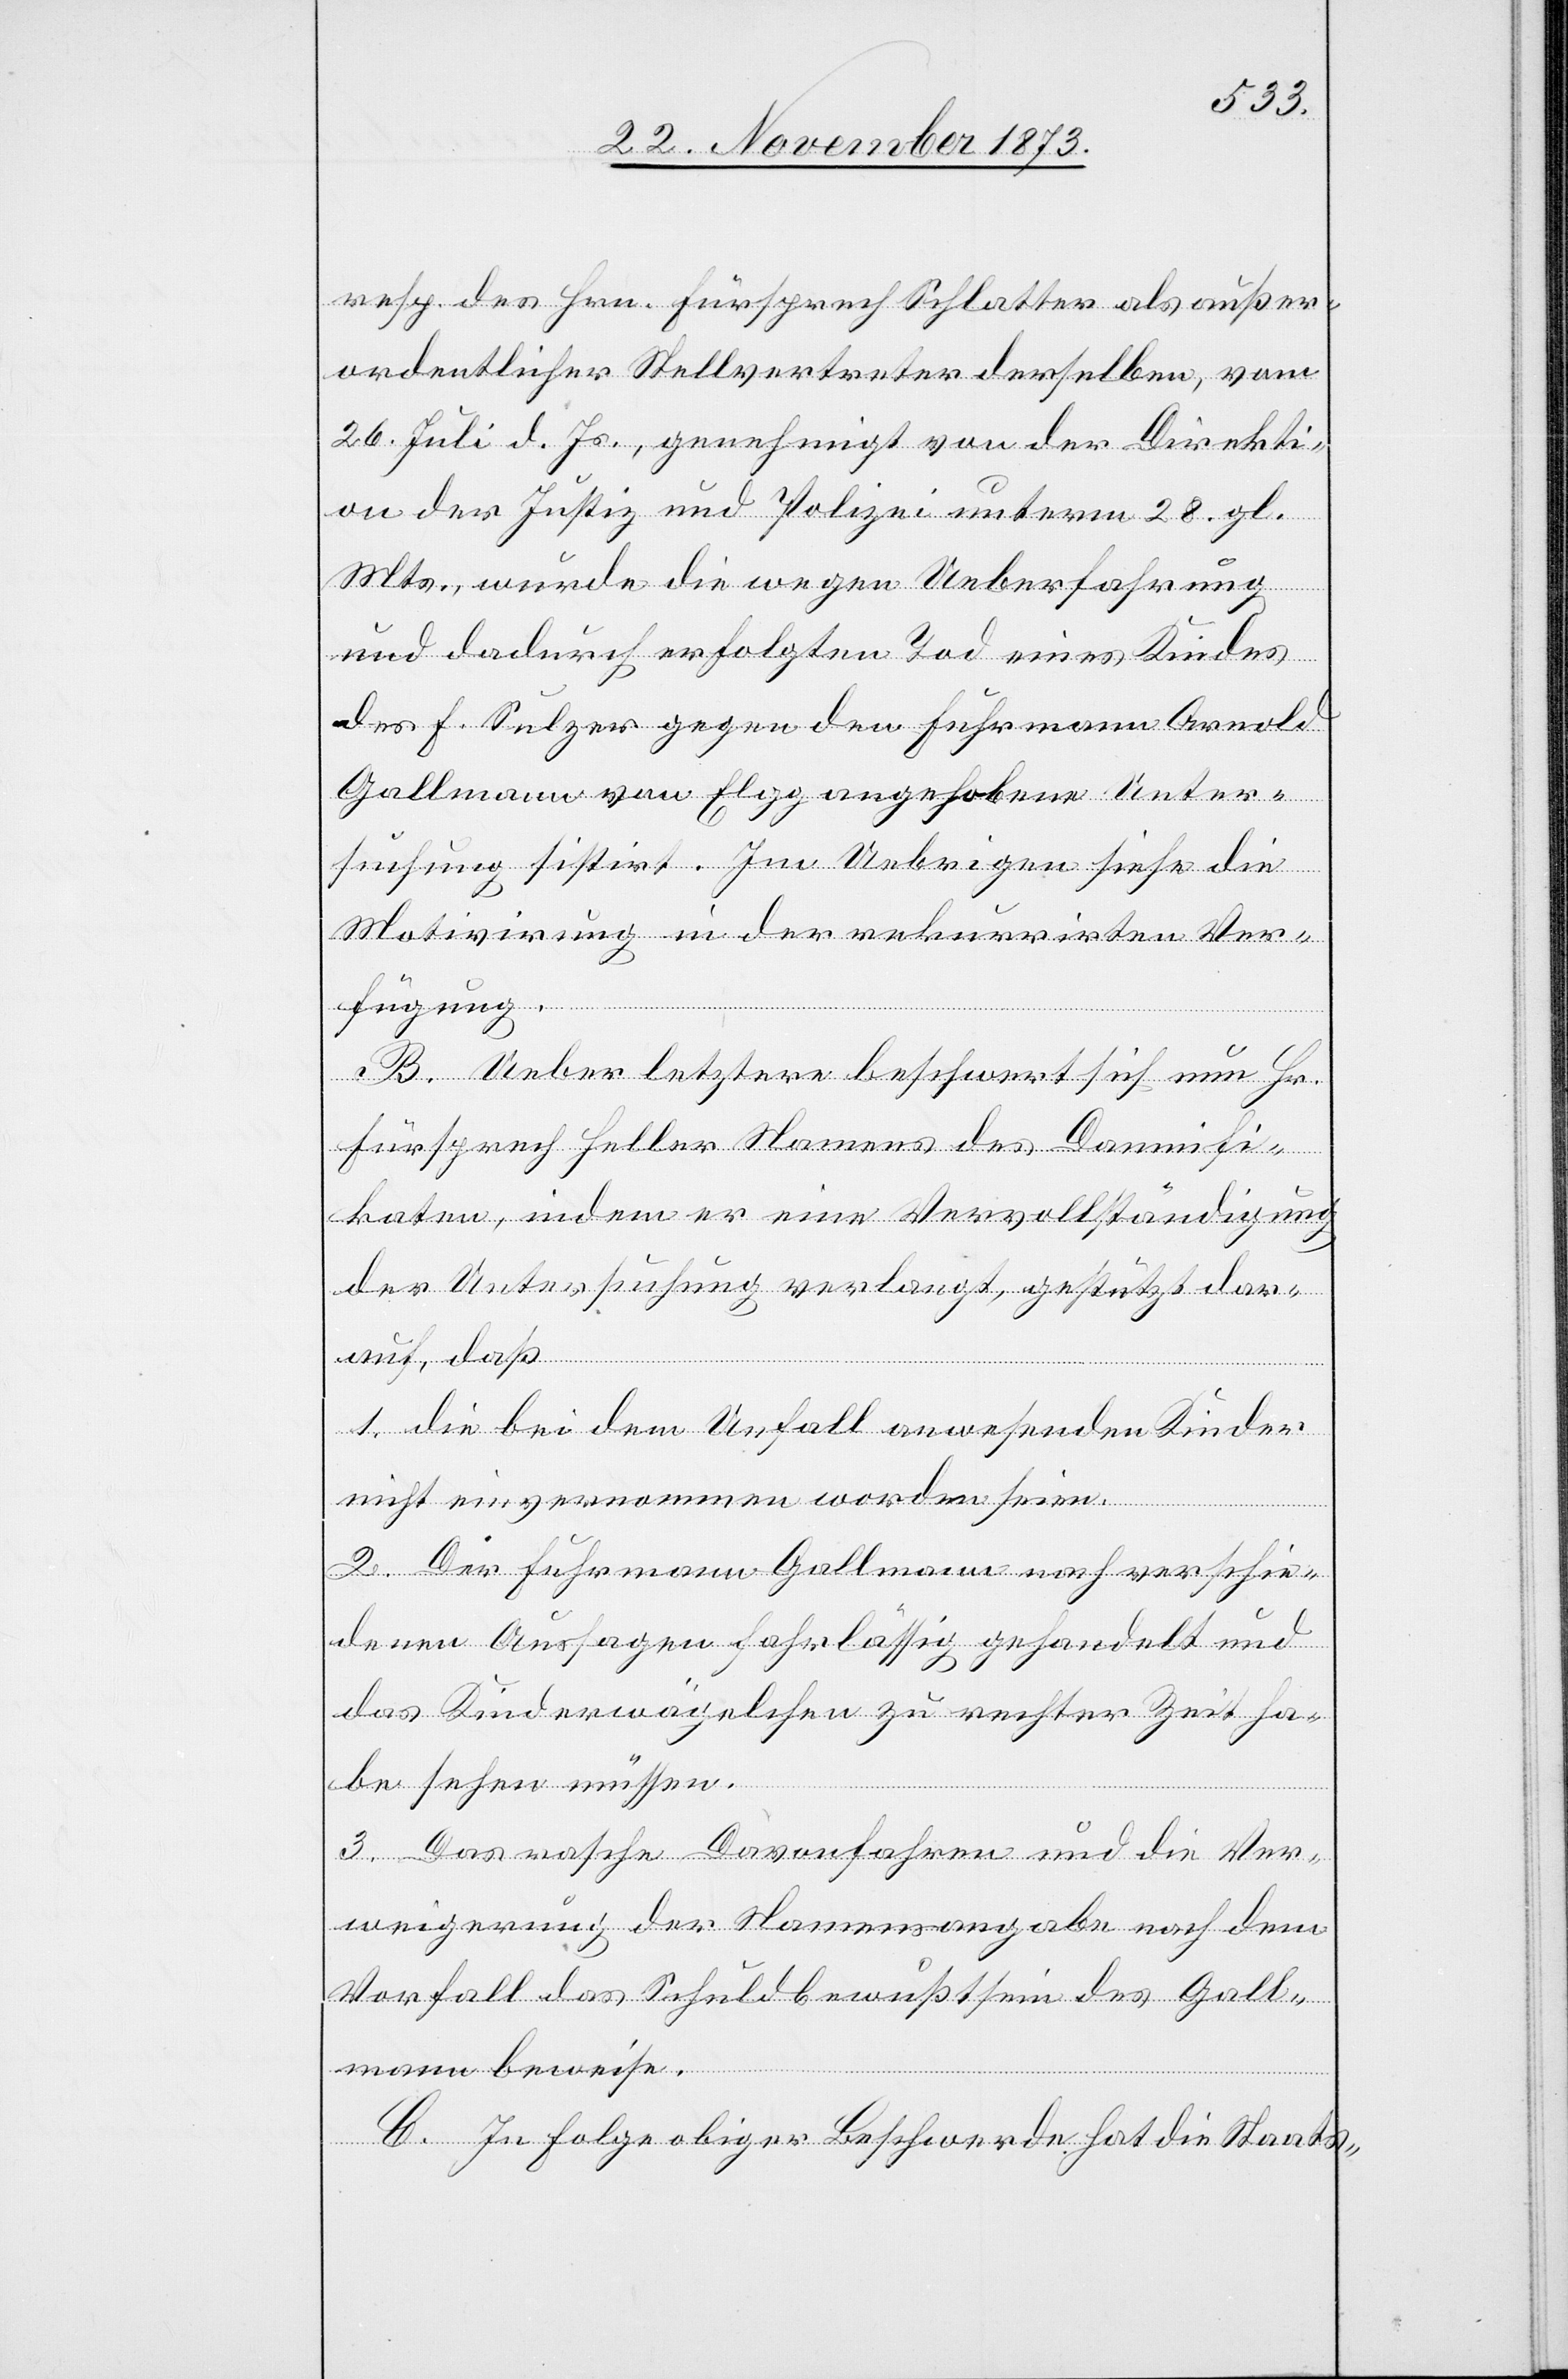
resp. des Hrn. Fürsprech Schlatter als außer¬
ordentlicher Stellvertreter derselben, vom
26. Juli d. Js., genehmigt von der Direkti¬
on der Justiz und Polizei unterm 28. gl.
Mts., wurde die wegen Ueberfahrung
und dadurch erfolgten Tod eines Kindes
des F. Sulzer gegen den Fuhrmann Arnold
Gallmann von Elgg angehobene Unter¬
suchung sistirt. Im Uebrigen siehe die
Motivirung in der rekurrirten Ver¬
fügung.
B. Ueber letztere beschwert sich nun Hr.
Fürsprech Heller Namens des Damnifi¬
katen, indem er eine Vervollständigung
der Untersuchung verlangt, gestützt dar¬
auf, daß
1. die bei dem Unfall anwesenden Kinder
nicht einvernommen worden seien.
2. Der Fuhrmann Gallmann nach verschie¬
denen Aussagen fahrlässig gehandelt und
das Kinderwägelchen zu rechter Zeit ha¬
be sehen müssen.
3. Das rasche Davonfahren und die Ver¬
weigerung der Namensangabe nach dem
Vorfall das Schuldbewußtsein des Gall¬
mann beweise.
C. In Folge obiger Beschwerde hat die Staats-